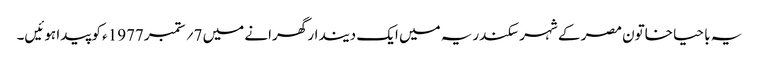
یہ با حیا خاتون مصر کے شہر سکندریہ میں ایک دیندار گھرانے میں 7؍ ستمبر1977ء کو پیدا ہوئیں۔